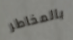
بالمخاطر